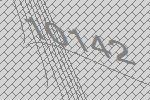
10142